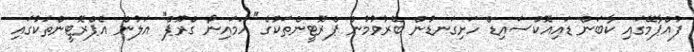
ފުއްޕާމޭގައި ކާބަން ޑައިއޮކްސައިޑް ހަށިގަނޑުން ބޭރުވުމުން ޕްރޮޓީންތަކުގެ ''އަމައިނޯ ގްރޫޕް'' އަލުން އެޕްރޮޓީންތަކުގައި